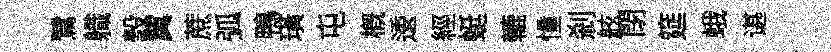
鷺軄彀翼蔗弧鴨璜屯槪逶經蜓轆憧剎舷閉筵蛾谌